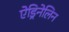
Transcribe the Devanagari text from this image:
ऐड्रिनेलिन